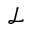
\mathcal { L }